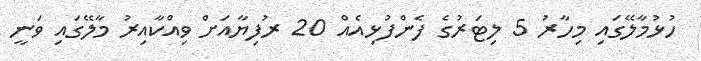
ހުޅުމާލޭގައި މިހާރު 5 ލިޓަރުގެ ފެންފުޅިއެއް 20 ރުފިޔާއަށް ވިއްކާއިރު މާލޭގައި ވަނީ